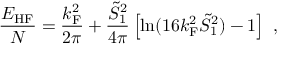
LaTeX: \frac { { \cal E } _ { \mathrm { H F } } } { N } = \frac { k _ { \mathrm { F } } ^ { 2 } } { 2 \pi } + \frac { \tilde { S } _ { 1 } ^ { 2 } } { 4 \pi } \left[ \ln ( 1 6 k _ { \mathrm { F } } ^ { 2 } \tilde { S } _ { 1 } ^ { 2 } ) - 1 \right] \ ,